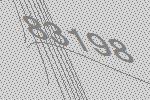
83198